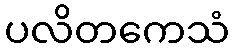
ပလိတကေသံ